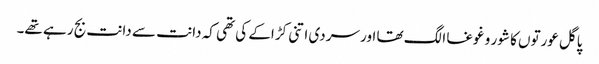
پاگل عورتوں کا شور و غوغا الگ تھا اور سردی اتنی کڑاکے کی تھی کہ دانت سے دانت بج رہے تھے۔